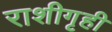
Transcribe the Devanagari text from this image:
राशीगृही